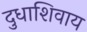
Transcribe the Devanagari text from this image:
दुधाशिवाय